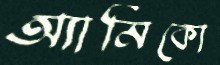
অ্যামিকো